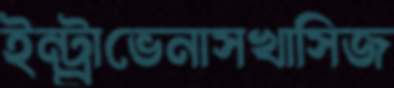
ইন্ট্র্রাভেনাসখাসিজ